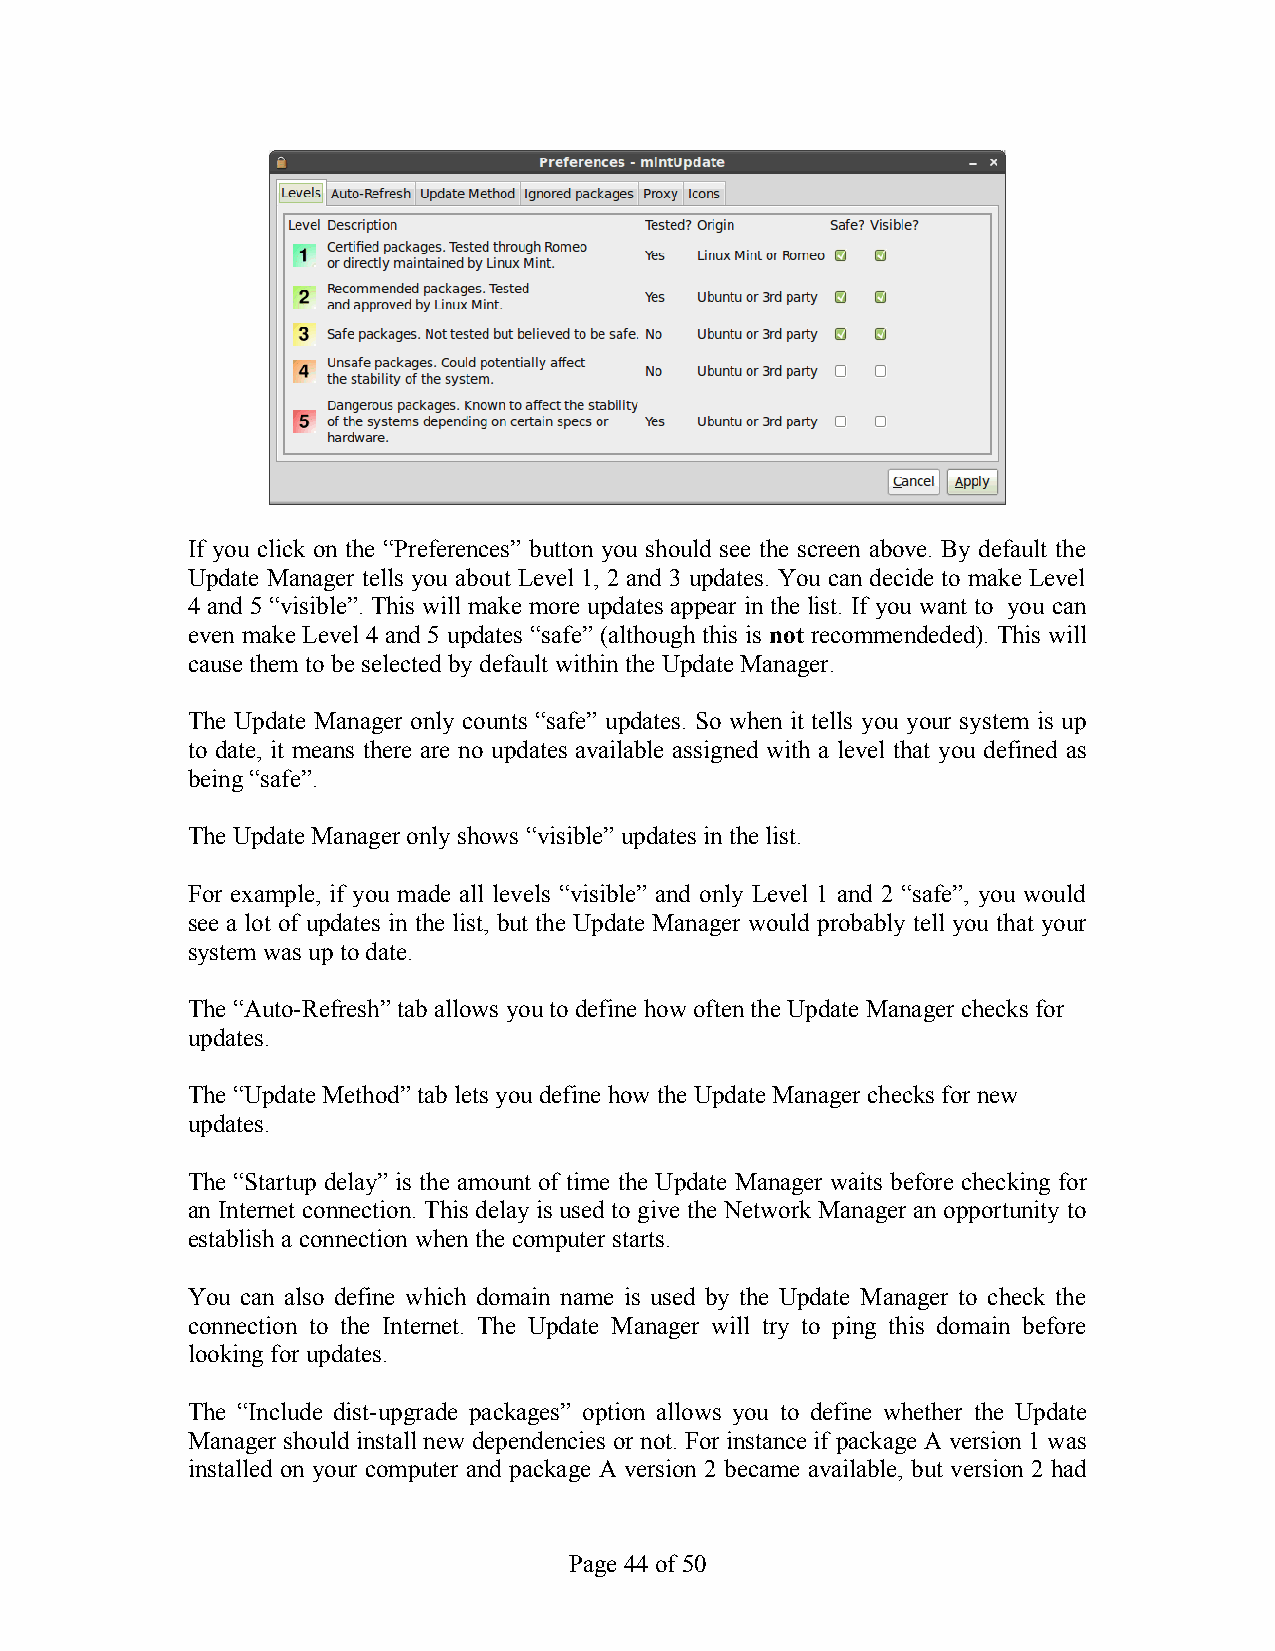
If you click on the “Preferences” button you should see the screen above. By default the
 Update Manager tells you about Level 1, 2 and 3 updates. You can decide to make Level
 4 and 5 “visible”. This will make more updates appear in the list. If you want to you can
 even make Level 4 and 5 updates “safe” (although this is not recommendeded). This will
 cause them to be selected by default within the Update Manager.
 The Update Manager only counts “safe” updates. So when it tells you your system is up
 to date, it means there are no updates available assigned with a level that you defined as
 being “safe”.
 The Update Manager only shows “visible” updates in the list.
 For example, if you made all levels “visible” and only Level 1 and 2 “safe”, you would
 see a lot of updates in the list, but the Update Manager would probably tell you that your
 system was up to date.
 The “Auto-Refresh” tab allows you to define how often the Update Manager checks for
 updates.
 The “Update Method” tab lets you define how the Update Manager checks for new
 updates.
 The “Startup delay” is the amount of time the Update Manager waits before checking for
 an Internet connection. This delay is used to give the Network Manager an opportunity to
 establish a connection when the computer starts.
 You can also define which domain name is used by the Update Manager to check the
 connection to the Internet. The Update Manager will try to ping this domain before
 looking for updates.
 The “Include dist-upgrade packages” option allows you to define whether the Update
 Manager should install new dependencies or not. For instance if package A version 1 was
 installed on your computer and package A version 2 became available, but version 2 had
 Page 44 of 50